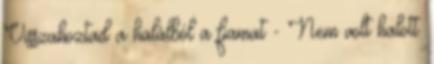
Visszahoztad a halálból a fiamat - Nem volt halott.